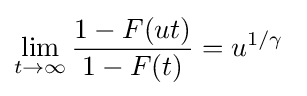
\lim _{t\rightarrow \infty }{\frac {1-F(ut)}{1-F(t)}}=u^{1/\gamma }\